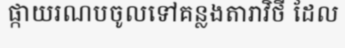
ផ្កាយរណបចូលទៅគន្លងតារាវិថី ដែល